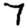
Digit: 7